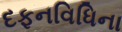
દફનવિધિના